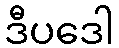
ဒီပဒေါ